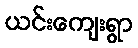
ယင်းကျေးရွာ